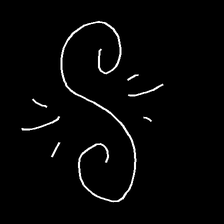
Glyph: wind-directs-air